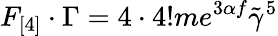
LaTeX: F_{[4]}\cdot\Gamma=4\cdot 4!me^{3\alpha f}\tilde{\gamma}^{5}